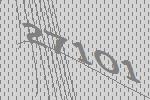
27101